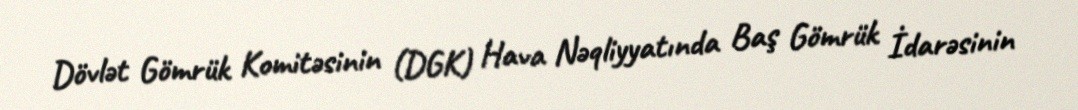
Dövlət Gömrük Komitəsinin (DGK) Hava Nəqliyyatında Baş Gömrük İdarəsinin